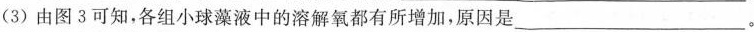
(3)由图3可知，各组小球藻液中的溶解氧都有所增加，原因是___。